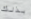
بذلك